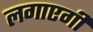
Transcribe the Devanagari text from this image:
लगाएगी